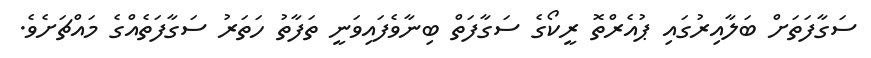
ސަގާފަތަށް ބަލާއިރުގައި ޕުއެރްތޮ ރީކޯގެ ސަގާފަތް ބިނާވެފައިވަނީ ތަފާތު ހަތަރު ސަގާފަތެއްގެ މައްޗަށެވެ.